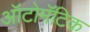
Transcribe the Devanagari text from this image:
ऑटोमॅटिक